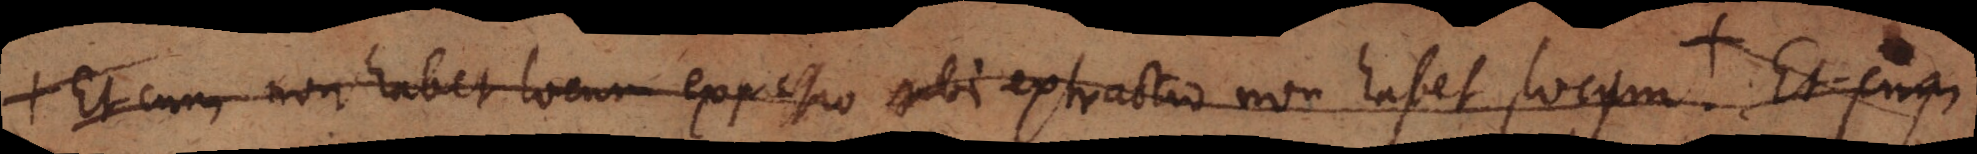
Et cum non habet locum expressio ubi extractio non habet locum. + Et cum